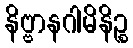
နိဗ္ဗာနဂါမိနိဉ္စ